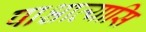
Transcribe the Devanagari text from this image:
पाश्चात्यासि